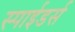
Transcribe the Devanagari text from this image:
स्पाईडर्स